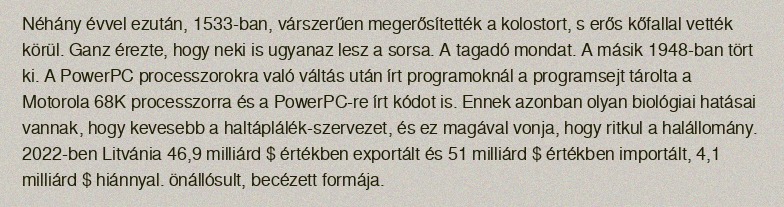
Néhány évvel ezután, 1533-ban, várszerűen megerősítették a kolostort, s erős kőfallal vették körül. Ganz érezte, hogy neki is ugyanaz lesz a sorsa. A tagadó mondat. A másik 1948-ban tört ki. A PowerPC processzorokra való váltás után írt programoknál a programsejt tárolta a Motorola 68K processzorra és a PowerPC-re írt kódot is. Ennek azonban olyan biológiai hatásai vannak, hogy kevesebb a haltáplálék-szervezet, és ez magával vonja, hogy ritkul a halállomány. 2022-ben Litvánia 46,9 milliárd $ értékben exportált és 51 milliárd $ értékben importált, 4,1 milliárd $ hiánnyal. önállósult, becézett formája.